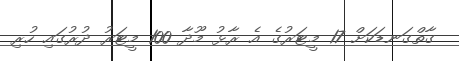
ގާތްގަނޑަކަށް 17 މީޓަރުގެ އެ ރާޅު މޫދާ 100 މީޓަރު ދުރުގައި ހުރި